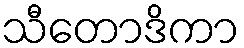
သီတောဒိကာ